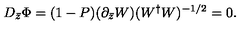
D _ { \bar { z } } \Phi = ( 1 - P ) ( \partial _ { \bar { z } } W ) ( W ^ { \dag } W ) ^ { - 1 / 2 } = 0 .